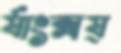
র‍্যাংক্সয্